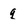
Character: q